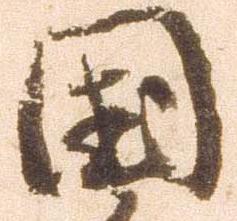
国